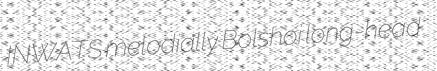
INWATS melodially Bolshoi long-head